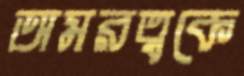
অমরত্বকে